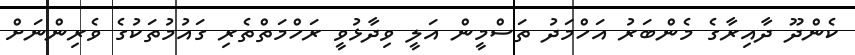
ކެންދޫ ދާއިރާގެ މެންބަރު އަހްމަދު ތަސްމީން އަލީ ވިދާޅުވީ ރަހްމަތްތެރި ގައުމުތަކުގެ ވެރިންނަށް